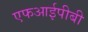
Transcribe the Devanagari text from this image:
एफआईपीबी